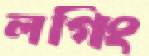
লগিং